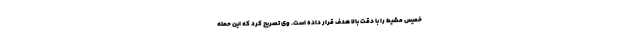
خمیس مشیط را با دقت بالا هدف قرار داده است. وی تصریح کرد که این حمله